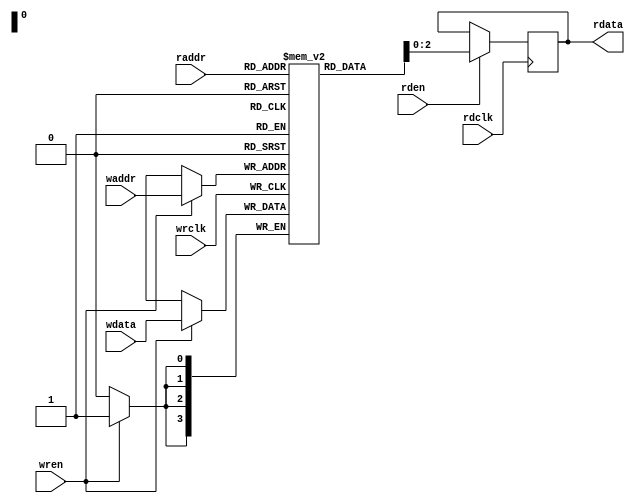
module dualport_ram
#(
    parameter WRDATA_SIZE = 4,// Write data width
    parameter RDDATA_SIZE = 3,// Read data width
    parameter ADDR_SIZE  = 4  // Address width

)
(
    input wrclk,rdclk, // clock for write and read 
    input wren,rden, // enable signal for write and read

    input [ADDR_SIZE-1:0] raddr, //RAM read address
    input [ADDR_SIZE-1:0] waddr, //RAM write address

    input [WRDATA_SIZE-1:0] wdata, //data input

    output [RDDATA_SIZE-1:0] rdata //data output
    
);

localparam RAM_DEPTH = 1 << ADDR_SIZE;// RAM depth = 2^ADDR_WIDTH

reg [WRDATA_SIZE-1:0] Mem [RAM_DEPTH-1:0];

always @ (posedge wrclk) begin
    
    if (wren) begin

    Mem[waddr] <= wdata ;
        
    end

end

always @ (posedge rdclk ) begin

    if (rden) begin

    rdata = Mem[raddr];
        
    end

end
    
endmodule